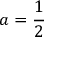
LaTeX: a = { \frac { 1 } { 2 } }